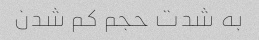
به شدت حجم کم شدن